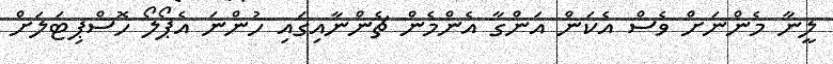
ލީނާ މެންނަށް ވެސް އެކަން އަންގާ އެންމެން ޗެންނާއިގައި ހުންނަ އެޕޯލޯ ހޮސްޕިޓަލަށް